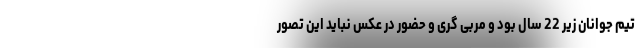
تیم جوانان زیر 22 سال بود و مربی گری و حضور در عکس نباید این تصور